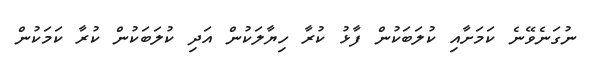
ނުގަނެވޭނެ ކަމަށާއި ކުލަބަކުން ފާޅު ކުރާ ހިޔާލަކުން އަދި ކުލަބަކުން ކުރާ ކަމަކުން